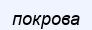
покрова